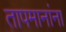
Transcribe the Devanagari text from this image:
तापमानांना